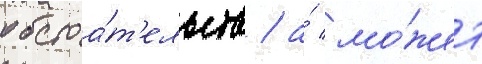
обстоа́т'ельств / а́ мо́жет